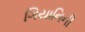
ગિયાનિની